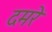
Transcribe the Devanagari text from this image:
दमरे